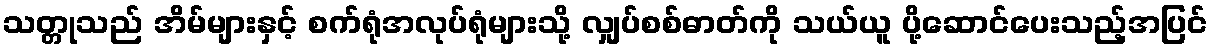
သတ္တုသည် အိမ်များနှင့် စက်ရုံအလုပ်ရုံများသို့ လျှပ်စစ်ဓာတ်ကို သယ်ယူ ပို့ဆောင်ပေးသည့်အပြင်